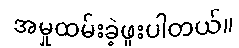
အမှုထမ်းခဲ့ဖူးပါတယ်။